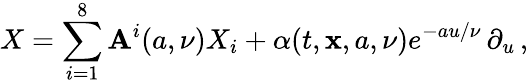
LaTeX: X=\sum_{i=1}^{8}\mathbf{A}^{i}(a,\nu)X_{i}+\alpha(t,\mathbf{x},a,{\nu})e^{-au/\nu}\, \partial_{u}\, ,